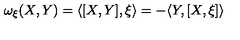
\omega _ { \xi } ( X , Y ) = \langle [ X , Y ] , \xi \rangle = - \langle Y , [ X , \xi ] \rangle